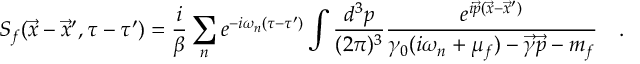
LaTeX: S _ { f } ( \vec { x } - \vec { x } ^ { \prime } , \tau - \tau ^ { \prime } ) = \frac { i } { \beta } \sum _ { n } e ^ { - i \omega _ { n } ( \tau - \tau ^ { \prime } ) } \int \frac { d ^ { 3 } p } { ( 2 \pi ) ^ { 3 } } \frac { e ^ { i \vec { p } ( \vec { x } - \vec { x } ^ { \prime } ) } } { \gamma _ { 0 } ( i \omega _ { n } + \mu _ { f } ) - \vec { \gamma } \vec { p } - m _ { f } } \quad .